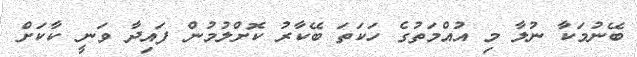
ބޭނުމަކާ ނުލާ މި އުއްމަތުގެ ހަކަތަ ބޭކާރު ކޮށްލުމުން ފައިދާ ވަނީ ކާކަށް